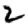
Digit: 2